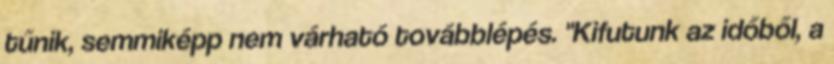
tűnik, semmiképp nem várható továbblépés. "Kifutunk az időből, a